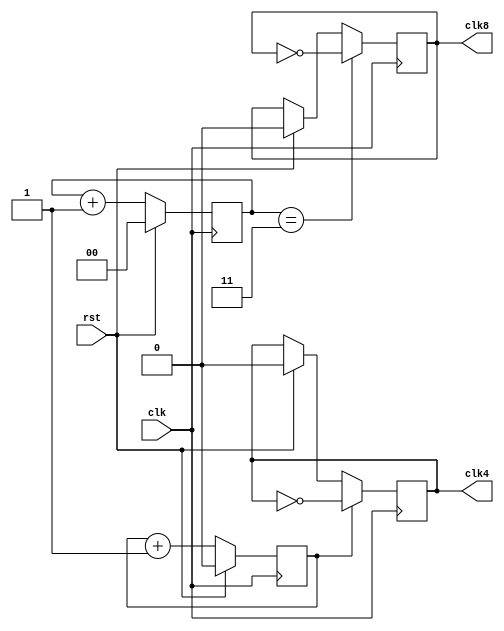
/* Orajeloszto, clk/4 es clk/8 eloallitasara */
`timescale 1ns / 1ps

module clk(
	input clk,
	input rst,
	output reg clk4,
	output reg clk8
);

reg  cntr4;
reg [1:0] cntr8;

always @(posedge clk)
	begin
	if(rst)
		begin
		cntr4 <= 1'b0;
		clk4 <= 1'b0;
		cntr8 <= 2'b0;
		clk8 <= 1'b0;
		end
	else
		begin
		cntr4 <= cntr4 + 1'b1;
		cntr8 <= cntr8 + 2'b1;
		end
		if(cntr8 == 3)
			clk8 <= ~clk8;
		if(cntr4 == 1)
			clk4 <= ~clk4;
	end
endmodule